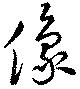
像